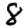
Digit: 8